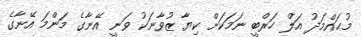
މުޙައްމަދު އަލް ހަރްބީ ނަމަކަށް ކިޔާ ޒުވާނަކު ވަނީ އޭނާގެ މަންމަ އޭނާގެ